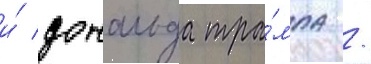
и́ дональда тра́мпа /